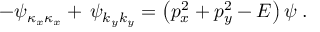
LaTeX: - \psi _ { \kappa _ { x } \kappa _ { x } } + \, \psi _ { k _ { y } k _ { y } } = \left( p _ { x } ^ { 2 } + p _ { y } ^ { 2 } - E \right) \psi \; .